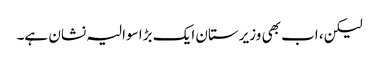
لیکن، اب بھی وزیرستان ایک بڑا سوالیہ نشان ہے۔